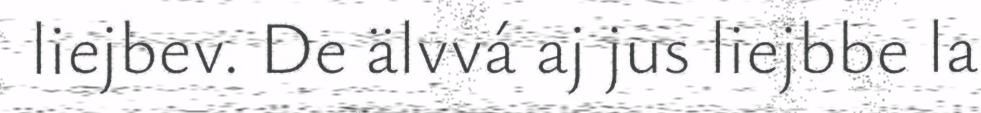
liejbev. De älvvá aj jus liejbbe la